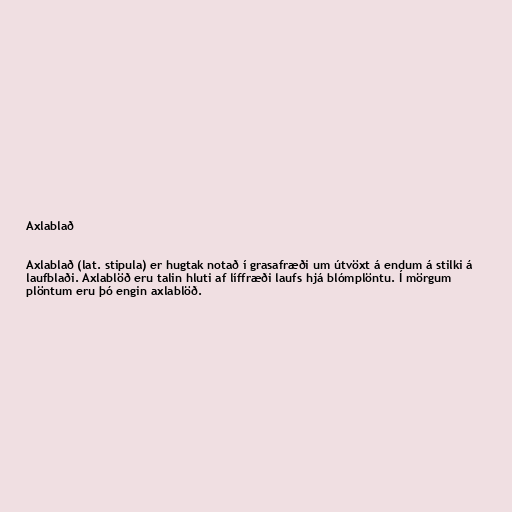
Axlablað

Axlablað (lat. stipula) er hugtak notað í grasafræði um útvöxt á endum á stilki á
laufblaði. Axlablöð eru talin hluti af líffræði laufs hjá blómplöntu. Í mörgum
plöntum eru þó engin axlablöð.